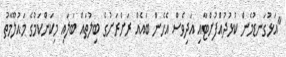
"އަޅުގަނޑުމެން ކުޅުދުއްފުށްޓާއި އަދިވެސް އެހެން ބައެއް ރަށްރަށުގެ ބިލުތައް ބަލައި މިކަންކަމުގެ މައުލޫމާތު